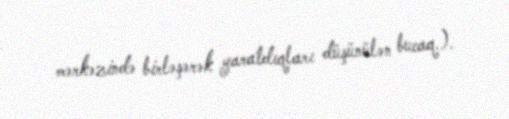
mərkəzində birləşərək yaratdıqları düşünülən bucaq.).